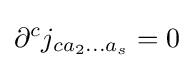
\partial ^{c}j_{ca_{2}...a_{s}}=0